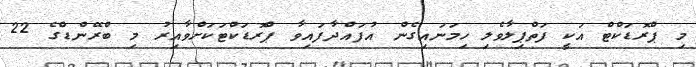
މި ޕްރޮޑަކްޓް އަކީ ފަތްޕިލާވެލި ހިމަނައިގެން އުފައްދާފައިވާ ޕްރޮޑަކްޓަކަށްވާއިރު މި ބްރޭންޑްގެ 22